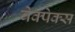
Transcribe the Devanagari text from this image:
बेक्पेक्स